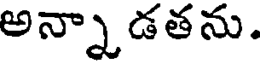
అన్నాడతను.